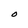
Character: O